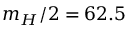
m _ { H } / 2 = 6 2 . 5